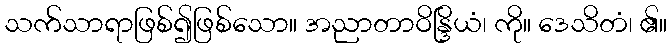
သက်သာရာဖြစ်၍ဖြစ်သော။ အညာတာဝိန္ဒြိယံ၊ ကို။ ဒေသိတံ၊ ၏။